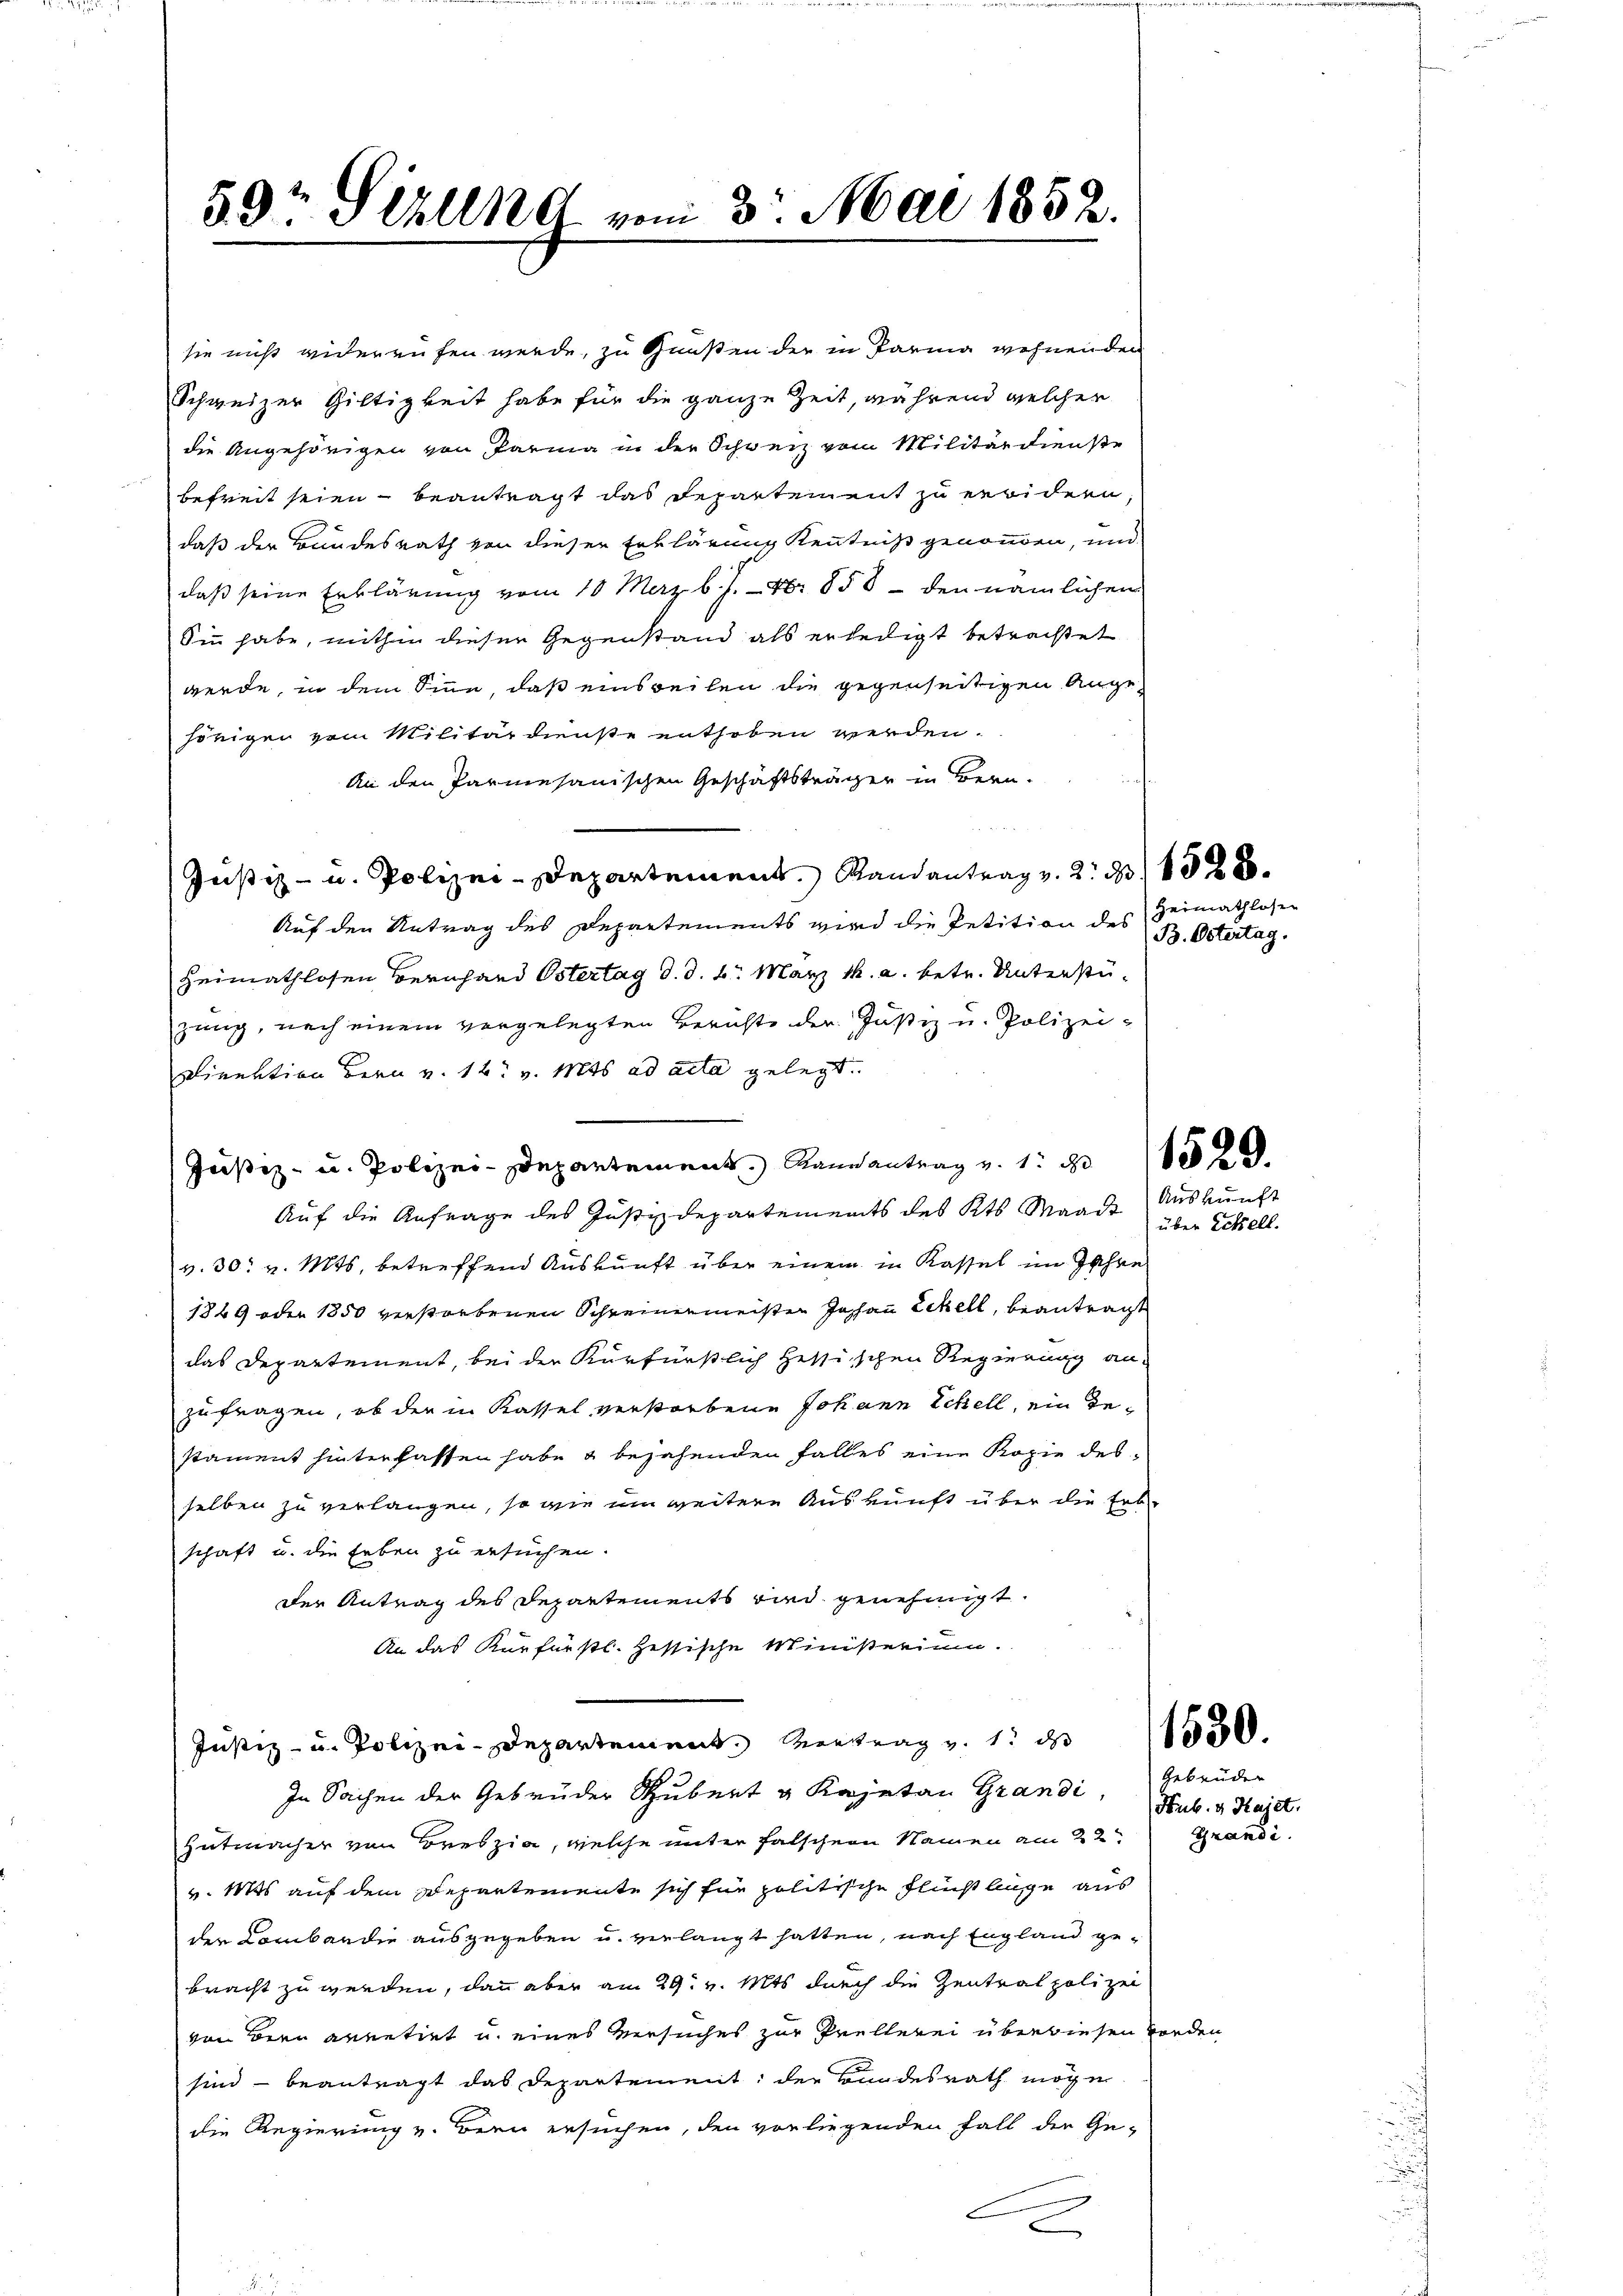
59 Sizung vom 3. Mai 1852.

sie nicht widerrufen werde, zu Gunsten der in Parina wohnenden
Schweizer Giltigkeit habe für die ganze Zeit, während welcher
die Angehörigen von Parma in der Schweiz vom Militärdienste
befreit seien beantragt das Departement zu erwidern,
daß der Bundesrath von dieser Erklärung Kenntniß genomen, und
daß seine Erklärung vom 10 Maz b. J. Nr. 858 - den nämlichen
Sinn habe, mithin dieser Gegenstand als erledigt betrachtet
werde, in dem Sinne, daß einsweilen die gegenseitigen Angehörigen vom Militärdienste enthoben werden.
An den Parmesanischen Geschäftsträger in Bern.
Justiz- u. Polizeidepartement. Randantrag v. 2. 1828.
Auf den Antrag des Departements wird die Petition des Heimathlosen
Heimathlosen Bernhard Ostertag d. d. 6. März 1. a. betr. Unterstüzung, nach einem vorgelegten Berichte der Justiz u. Polizei-
Direktion Bern v. 12. v. Mts. ad acta gelegt.
J u. Polizeidepartement Raneantrag v. 1
Auf die Anfrage des Justizdepartements des Kts. Waadt
v. 30. v. Mts., betreffend Auskunft über einem in Kassel im Jahre
1869 oder 1850 verstorbenen Schreinenmeisten Johann Eckell, beantragt
das Departement, bei der Kurfürstlich hessischen Regierung an-
zufragen, ob der in Kassel verstorbene Johann Schell, ein Bestament hinterlassen habe & bejahenden Falles eine Kopie des
selben zu verlangen, so wie im weitere Auskunft über die Erbe
schaft u. die Erben zu ersuchen.
der Antrag des Departements die genehmigt.
An das Kurfürstl. Hessische Ministerium.
Justiz- u. Polizei Departement Vertrag u. 1 d
In Sachen der Gebrüder Hubert u. Kajetan Grandi Gebrüder
Entmacher von Breszia, welche unter falschen Namen am 22. Grandi
v. Mts auf dem Departemente sich für politische Flucht lige aus
der Lombardie ausgegeben u. verlangt hatten, nach England gebracht zu werden, dann aber am 29. v. Mts durch die Zentrat polizei
von Bern arretirt u. eines Versuches zur Prellerei überdiesen fonden
sind - beantragt das Departement; der Kindesrath mögen
die Regierung v. Bern ersuchen, den vorliegenden Fall der Ge-
A

B. Ostertag.

Auskunft

Sub. & Hajet.

über Eckell.